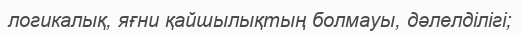
логикалық, яғни қайшылықтың болмауы, дәлелділігі;